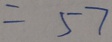
= 5 7